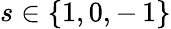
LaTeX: s\in\{ 1,0,-\, 1\}